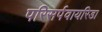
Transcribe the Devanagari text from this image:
परिसर्पवायरिडा